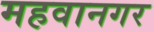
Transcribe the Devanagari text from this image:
महवानगर